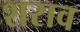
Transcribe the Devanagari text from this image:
शराव